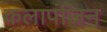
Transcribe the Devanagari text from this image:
कलापंजिन